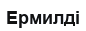
Ермилді